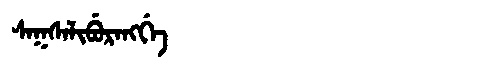
Manchu: ᠰᠠᡴᠰᠠᠯᡳᠪᡠᡵᠠᠩᡤᡝ
Romanization: SAKSALIBURANGGE